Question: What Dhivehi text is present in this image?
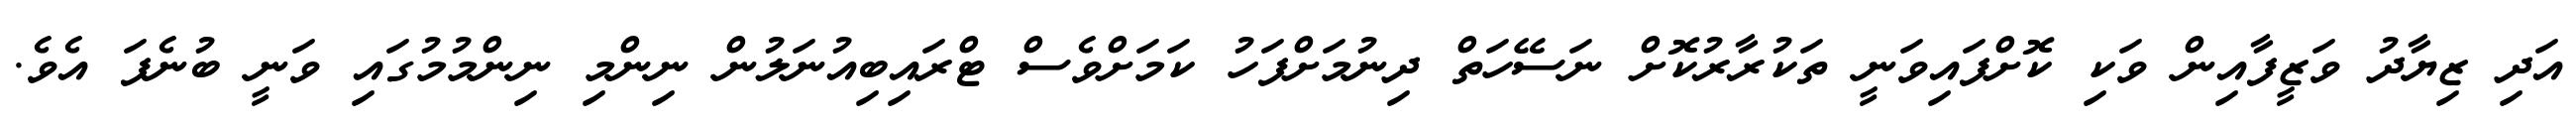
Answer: އަދި ޒިޔާދު ވަޒީފާއިން ވަކި ކޮށްފައިވަނީ ތަކުރާރުކޮށް ނަސޭހަތް ދިނުމަށްފަހު ކަމަށްވެސް ޓްރައިބިއުނަލުން ނިންމި ނިންމުމުގައި ވަނީ ބުނެފަ އެވެ.